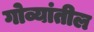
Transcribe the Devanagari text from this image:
गोव्यांतील